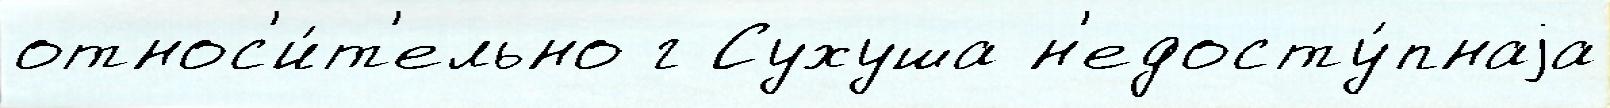
относ'и́т'ельно г Сухуша н'едосту́пнаjа